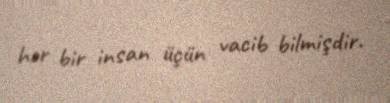
hər bir insan üçün vacib bilmişdir.